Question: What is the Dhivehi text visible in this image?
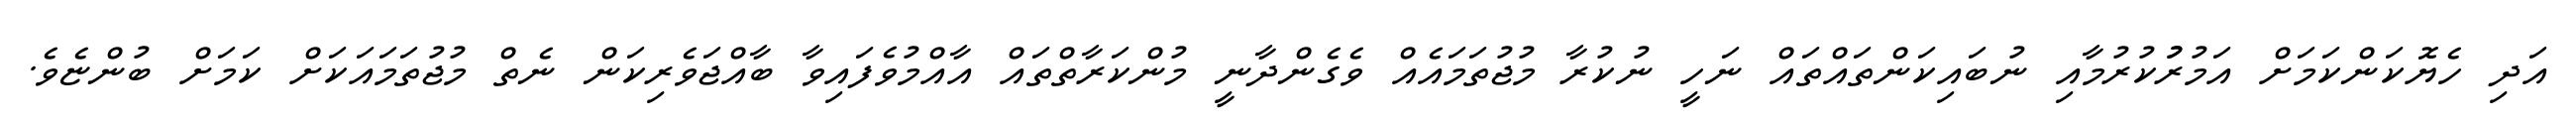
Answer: އަދި ހެޔޮކަންކަމަށް އަމުރުުކުރުމާއި ނުބައިކަންތައްތައް ނަހީ ނުކުރާ މުޖުތަމައެއް ވެގެންދާނީ މުންކަރާތްތައް އާއްމުވެފައިވާ ބާއްޖަވެރިކަން ނެތް މުޖުތަމައަކަށް ކަމަށް ބުންޏެވެ.